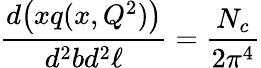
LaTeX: {\frac{d\big(xq(x,Q^{2})\big)}{d^{2}bd^{2}\ell}}={\frac{N_{c}}{2\pi^{4}}}